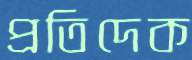
প্রতিদেক